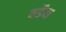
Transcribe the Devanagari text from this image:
बर्डेन